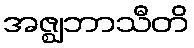
အဇ္ဈဘာသီတိ